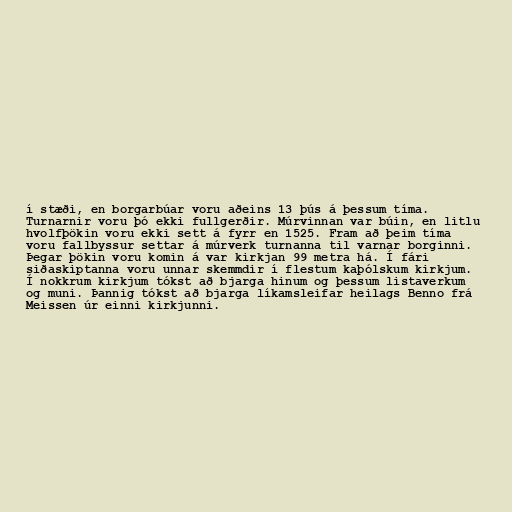
í stæði, en borgarbúar voru aðeins 13 þús á þessum tíma.
Turnarnir voru þó ekki fullgerðir. Múrvinnan var búin, en litlu
hvolfþökin voru ekki sett á fyrr en 1525. Fram að þeim tíma
voru fallbyssur settar á múrverk turnanna til varnar borginni.
Þegar þökin voru komin á var kirkjan 99 metra há. Í fári
siðaskiptanna voru unnar skemmdir í flestum kaþólskum kirkjum.
Í nokkrum kirkjum tókst að bjarga hinum og þessum listaverkum
og muni. Þannig tókst að bjarga líkamsleifar heilags Benno frá
Meissen úr einni kirkjunni.